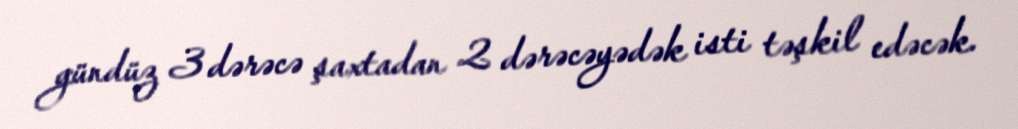
gündüz 3 dərəcə şaxtadan 2 dərəcəyədək isti təşkil edəcək.